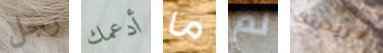
رجل أدعمك ما لم مريضتك